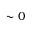
\sim 0